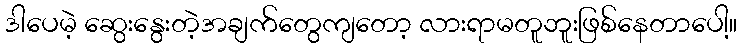
ဒါပေမဲ့ ဆွေးနွေးတဲ့အချက်တွေကျတော့ လားရာမတူဘူးဖြစ်နေတာပေါ့။